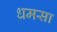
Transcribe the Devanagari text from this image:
धमसा